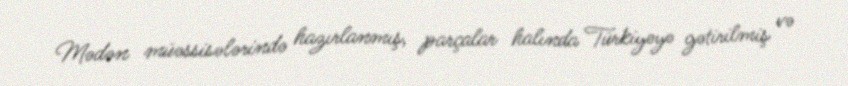
Mədən müəssisələrində hazırlanmış, parçalar halında Türkiyəyə gətirilmiş və